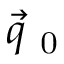
\vec { q } _ { \mathrm { ~ 0 ~ } }